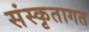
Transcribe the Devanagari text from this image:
संस्कृतागत